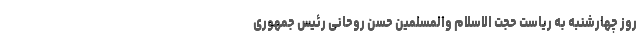
روز چهارشنبه به ریاست حجت الاسلام والمسلمین حسن روحانی رئیس جمهوری